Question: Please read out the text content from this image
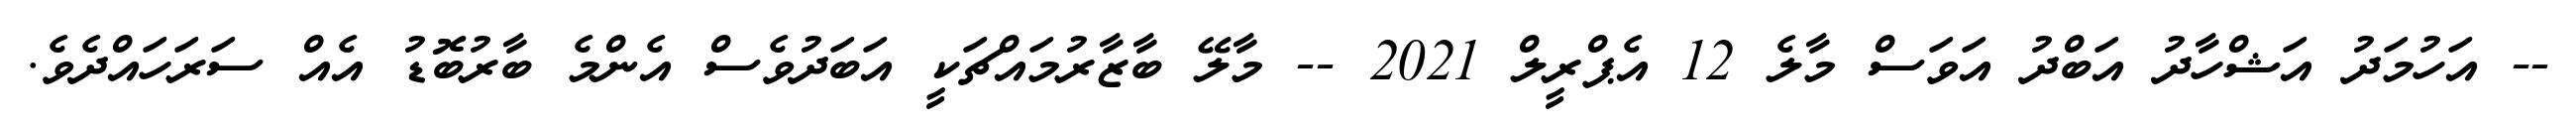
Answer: -- އަހުމަދު އަޝްހާދު އަބްދު އަވަސް މާލެ 12 އެޕްރީލް 2021 -- މާލޭ ބާޒާރުމައްޗަކީ އަބަދުވެސް އެންމެ ބާރުބޮޑު އެއް ސަރަހައްދެވެ.